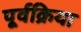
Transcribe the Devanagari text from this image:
पूर्वक्रिया